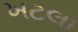
ખટલા